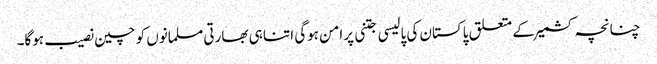
چنانچہ کشمیرکے متعلق پاکستان کی پالیسی جتنی پرامن ہوگی اتنا ہی بھارتی مسلمانوں کو چین نصیب ہوگا۔